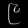
Digit: ၉